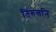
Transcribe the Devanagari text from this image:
तिरुत्तनि